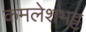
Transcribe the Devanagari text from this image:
कमलेशभट्ट